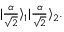
\begin{array} { r } { | \frac { \alpha } { \sqrt { 2 } } \rangle _ { 1 } | \frac { \alpha } { \sqrt { 2 } } \rangle _ { 2 } . } \end{array}